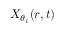
X _ { \theta _ { i } } ( r , t )